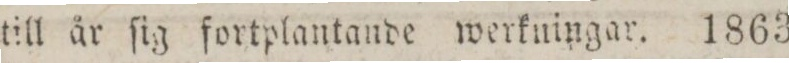
till år ſig fortplantande werkningar. 1863